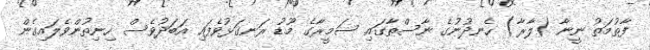
ފާތުމަތު ނީނާ (ލާރާ) ހެނދުނުގެ ނާސްތާގައި ސަމީރާގެ މޫޑު ރަނގަޅުވެފައި އަބަދުވެސް ހިނިތުންވެލައިގެން